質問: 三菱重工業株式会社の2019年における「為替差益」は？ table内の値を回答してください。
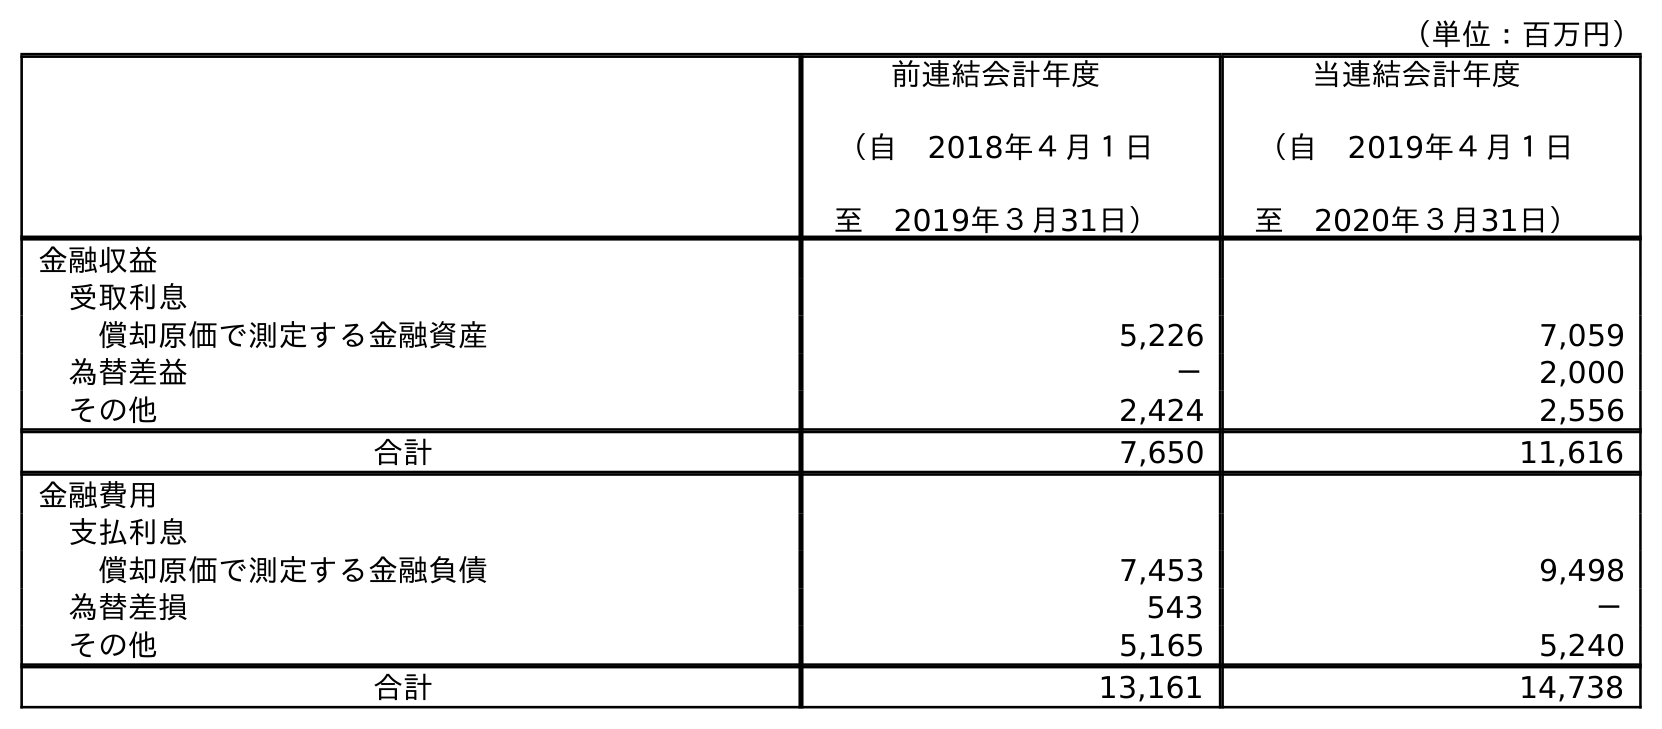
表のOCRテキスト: （単位：百万円） 前連結会計年度 （自 2018年４月１日 至 2019年３月31日） 当連結会計年度 （自 2019年４月１日 至 2020年３月31日） 金融収益 受取利息 償却原価で測定する金融資産 5,226 7,059 為替差益 － 2,000 その他 2,424 2,556 合計 7,650 11,616 金融費用 支払利息 償却原価で測定する金融負債 7,453 9,498 為替差損 543 － その他 5,165 5,240 合計 13,161 14,738
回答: －